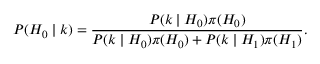
P ( H _ { 0 } \mid k ) = { \frac { P ( k \mid H _ { 0 } ) \pi ( H _ { 0 } ) } { P ( k \mid H _ { 0 } ) \pi ( H _ { 0 } ) + P ( k \mid H _ { 1 } ) \pi ( H _ { 1 } ) } } .